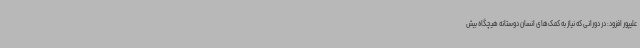
علیپور افزود: در دورانی که نیاز به کمک‌های انسان دوستانه هیچگاه بیش